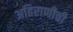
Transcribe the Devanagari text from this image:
अहिराणीची